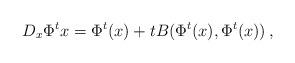
LaTeX: \begin{align*}D_x\Phi^t x = \Phi^t(x) + t B(\Phi^t(x),\Phi^t(x)) \, , \end{align*}